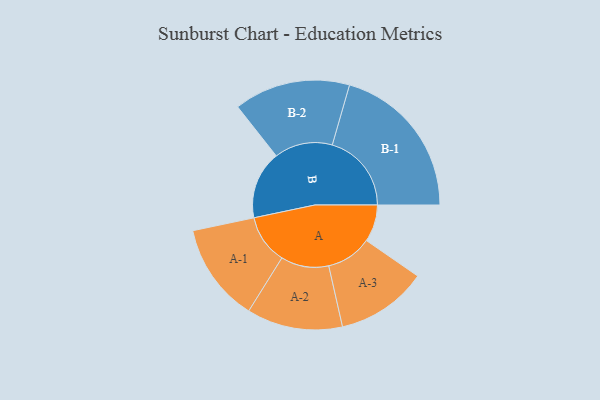
{"axis": {"x": "Segment", "y": "Value"}, "legend": ["", "A", "B"], "data": [{"x": "A", "y": 127, "type": ""}, {"x": "B", "y": 233, "type": ""}, {"x": "A-1", "y": 169, "type": "A"}, {"x": "A-2", "y": 164, "type": "A"}, {"x": "A-3", "y": 156, "type": "A"}, {"x": "B-1", "y": 271, "type": "B"}, {"x": "B-2", "y": 199, "type": "B"}]}